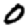
Digit: 0